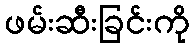
ဖမ်းဆီးခြင်းကို